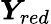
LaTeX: \boldsymbol{Y}_{red}